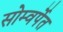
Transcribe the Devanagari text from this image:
सोम्वर्पेत